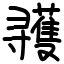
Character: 彟